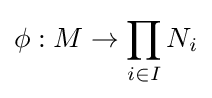
\phi :M\to \prod _{i\in I}N_{i}